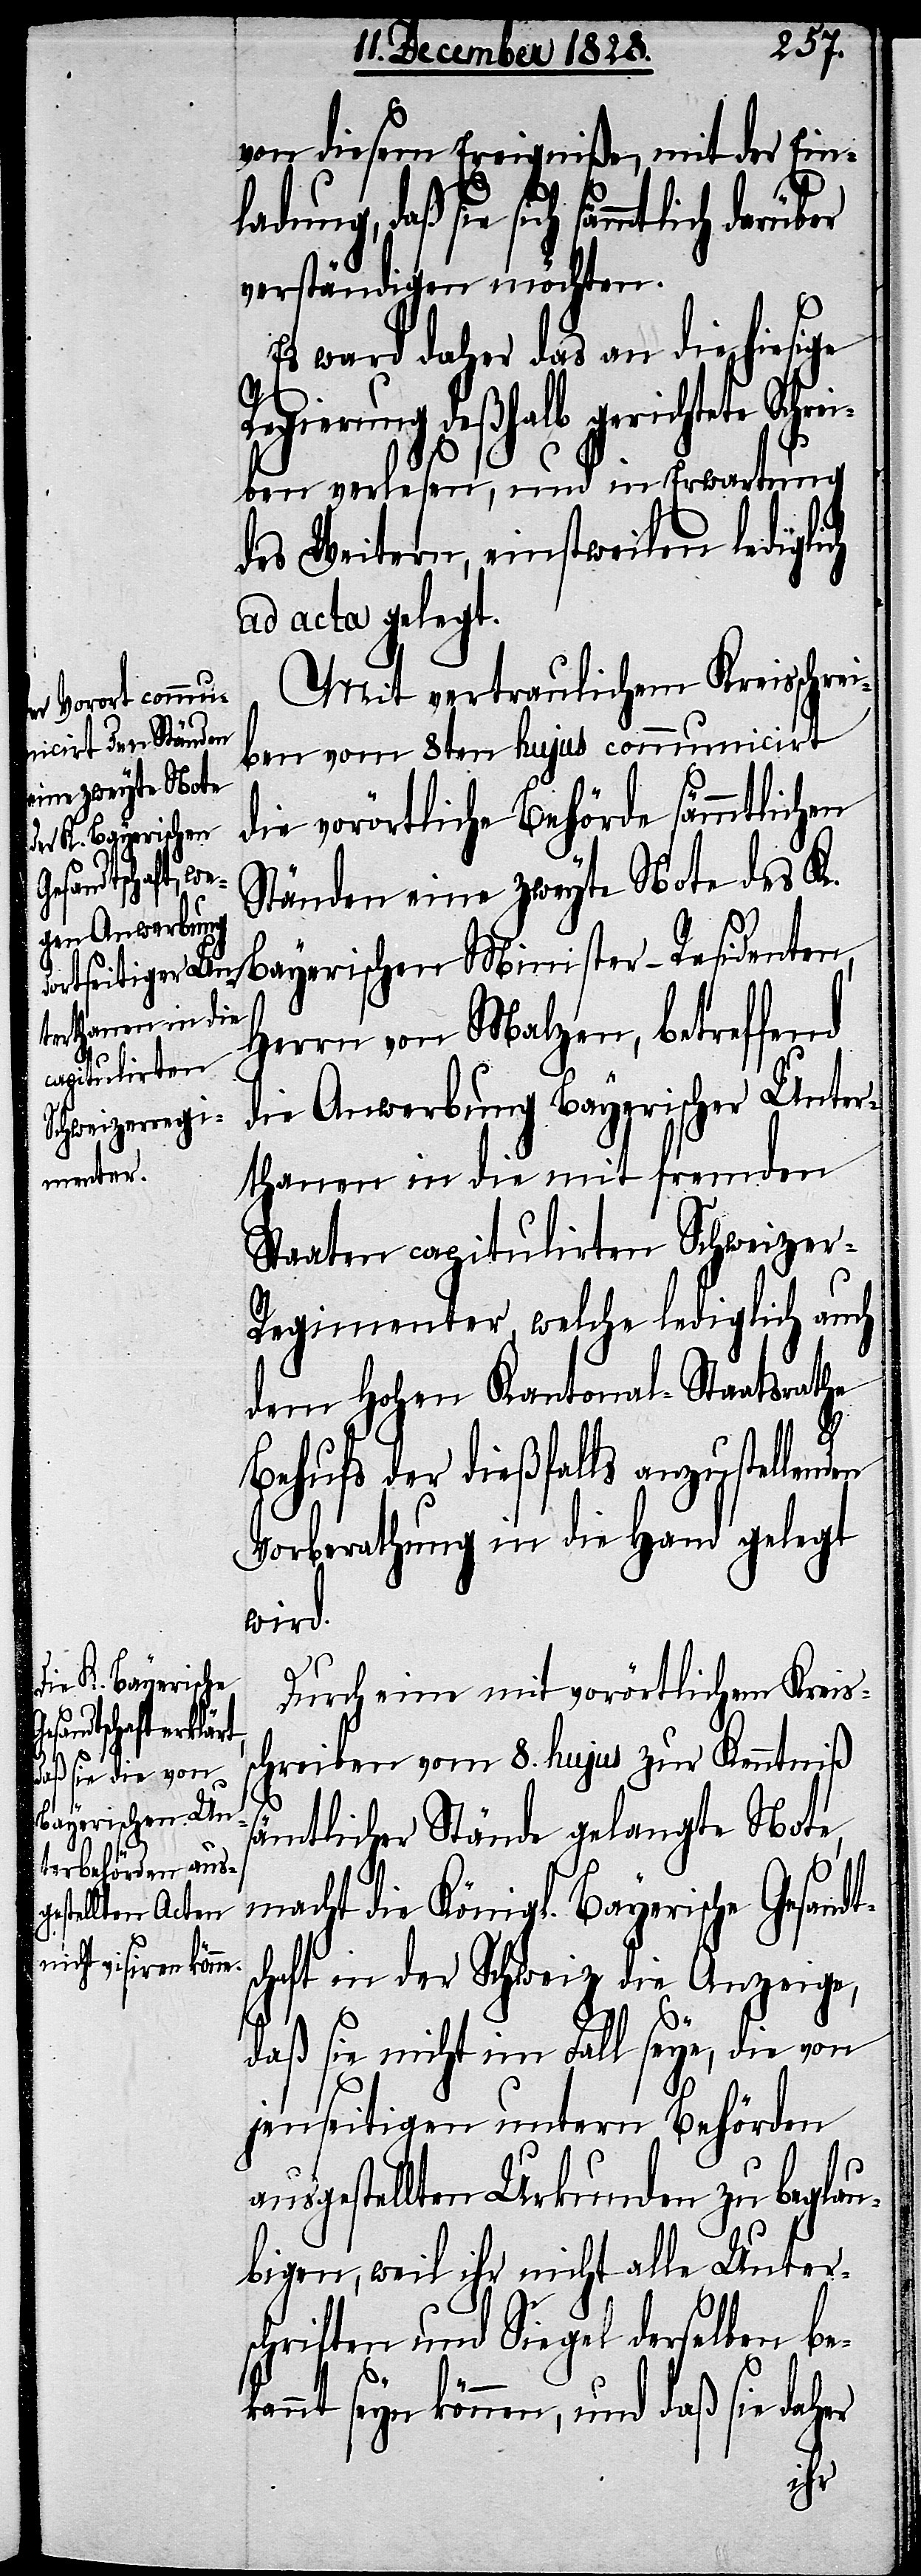
von diesem Eregniße, mit der Einl¬
adung, daß sie sich sämmtlich
verständigen möchten.
Es war daher das an die hiesige
Regierung deßhalb gerichtete Schre¬
ka¬
iben verlesen, und in Erwartung
des Weitern, einstweilen lediglich
ad acta gelegt.
Mit vertraulichem Kreisschrei¬
ben vom 8ten hujus communicirt
die vorörtliche Behörde sämmtlichen
Ständen eine zweyte Note des K.
Bayerischen Minister-Residenten,
Herrn von Malzen, betreffend
die Anwerbung Bayerischer Unter¬
thanen in die mit fremden
Staaten capitulirten Schweize¬
r-Regimenter, welche lediglich auch
dem Hohen Kantonal-Staatsrathe
Behufs der dießfalls anzustelle¬
Vorberathung in die Hand gelegt
wird.
Durch eine mit vorörtlichem Kreis¬
schreiben vom 8. hujus zur Kenntniß
sämtlicher Stände gelangte Note,
macht die Königl. Bayerische Gesand¬
schaft in der Schweiz die Anzeige,
daß sie nicht im Fall seye, die von
jenseitigen untern Behörden
ausgestellten Urkunden zu beglau¬
bigen, weil ihr nicht alle Unter¬
schriften und Siegel derselben be¬
nnt seyn können, und daß sie dah¬
er